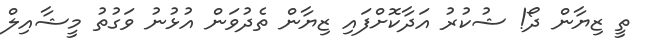
ތީ ޒިޔާން ދޯ! ޝުކުރު އަދާކޮށްފައި ޒިޔާން ތެދުވަން އުޅުނު ވަގުތު މީޝާއިލް